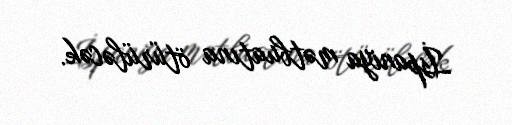
İspaniya mətbuatına ötürüləcək.